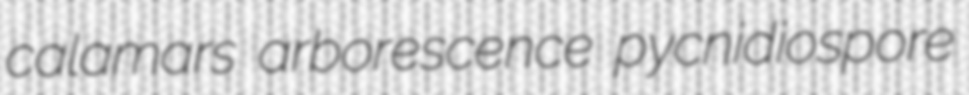
calamars arborescence pycnidiospore